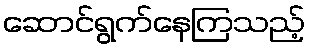
ဆောင်ရွက်နေကြသည့်